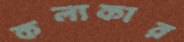
কল্যকার